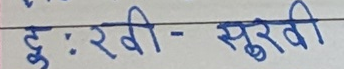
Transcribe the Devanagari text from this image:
हुः रवि - सुर्खि